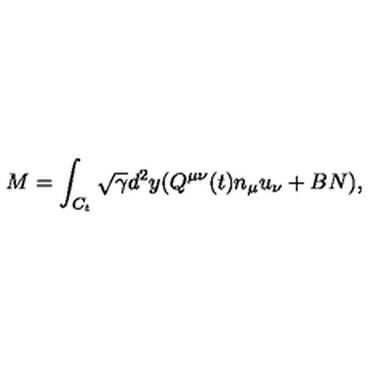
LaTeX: { M } = \int _ { C _ { t } } \sqrt { \gamma } d ^ { 2 } y ( Q ^ { \mu \nu } ( t ) n _ { \mu } u _ { \nu } + B N ) ,